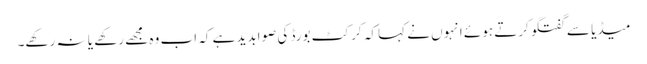
میڈیا سے گفتگو کرتے ہوئے انہوں نے کہا کہ کرکٹ بورڈ کی صوابدید ہے کہ اب وہ مجھے رکھے یا نہ رکھے۔